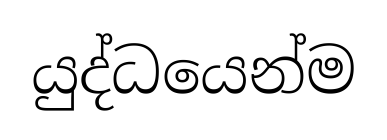
යුද්ධයෙන්ම